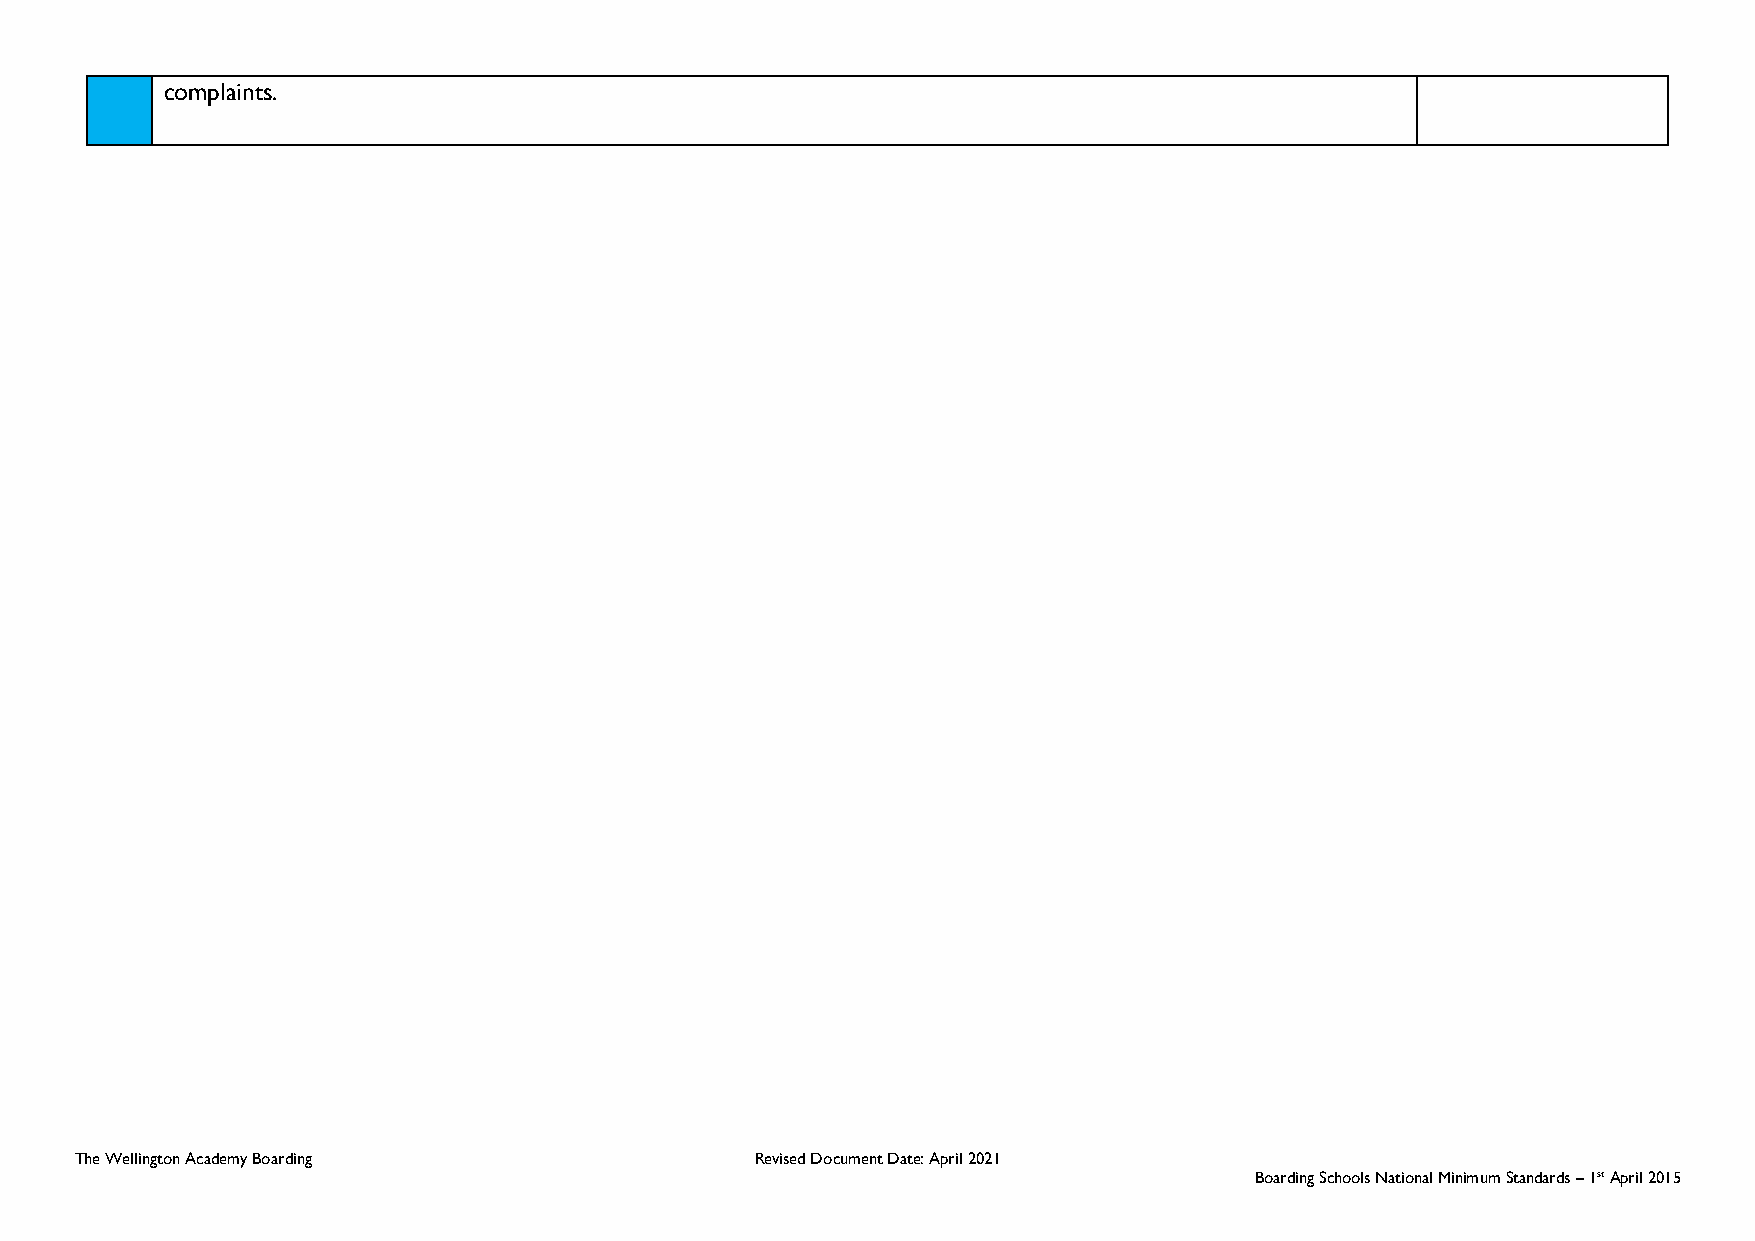
complaints.
 The Wellington Academy Boarding              Revised Document Date: April 2021
 Boarding Schools National Minimum Standards – 1st April 2015